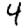
Digit: 4